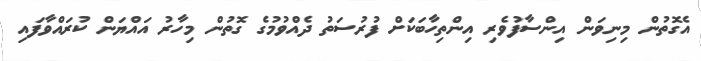
އެގޮތުން މިނިވަން އިންސާފުވެރި އިންތިހާބަކަށް ފުރުސަތު ދެއްވުމުގެ ގޮތުން މިހާރު އައްޔަން ކުރައްވާފައި